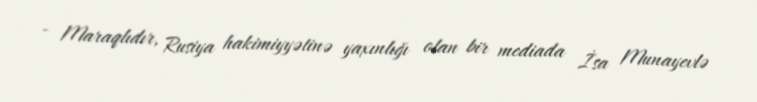
- Maraqlıdır, Rusiya hakimiyyətinə yaxınlığı olan bir mediada İsa Munayevlə